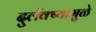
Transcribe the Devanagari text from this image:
दुर्लक्ष्यामुळे